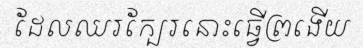
ដែលឈរក្បែរនោះធ្វើព្រងើយ